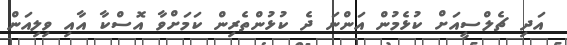
އަދި ޗެލްސީއަށް ކުޅެމުން އަންނަ ދެ ކުޅުންތެރިން ކަމަށްވާ އޮސްކާ އާއި ވިލިއަން